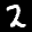
Label: 2